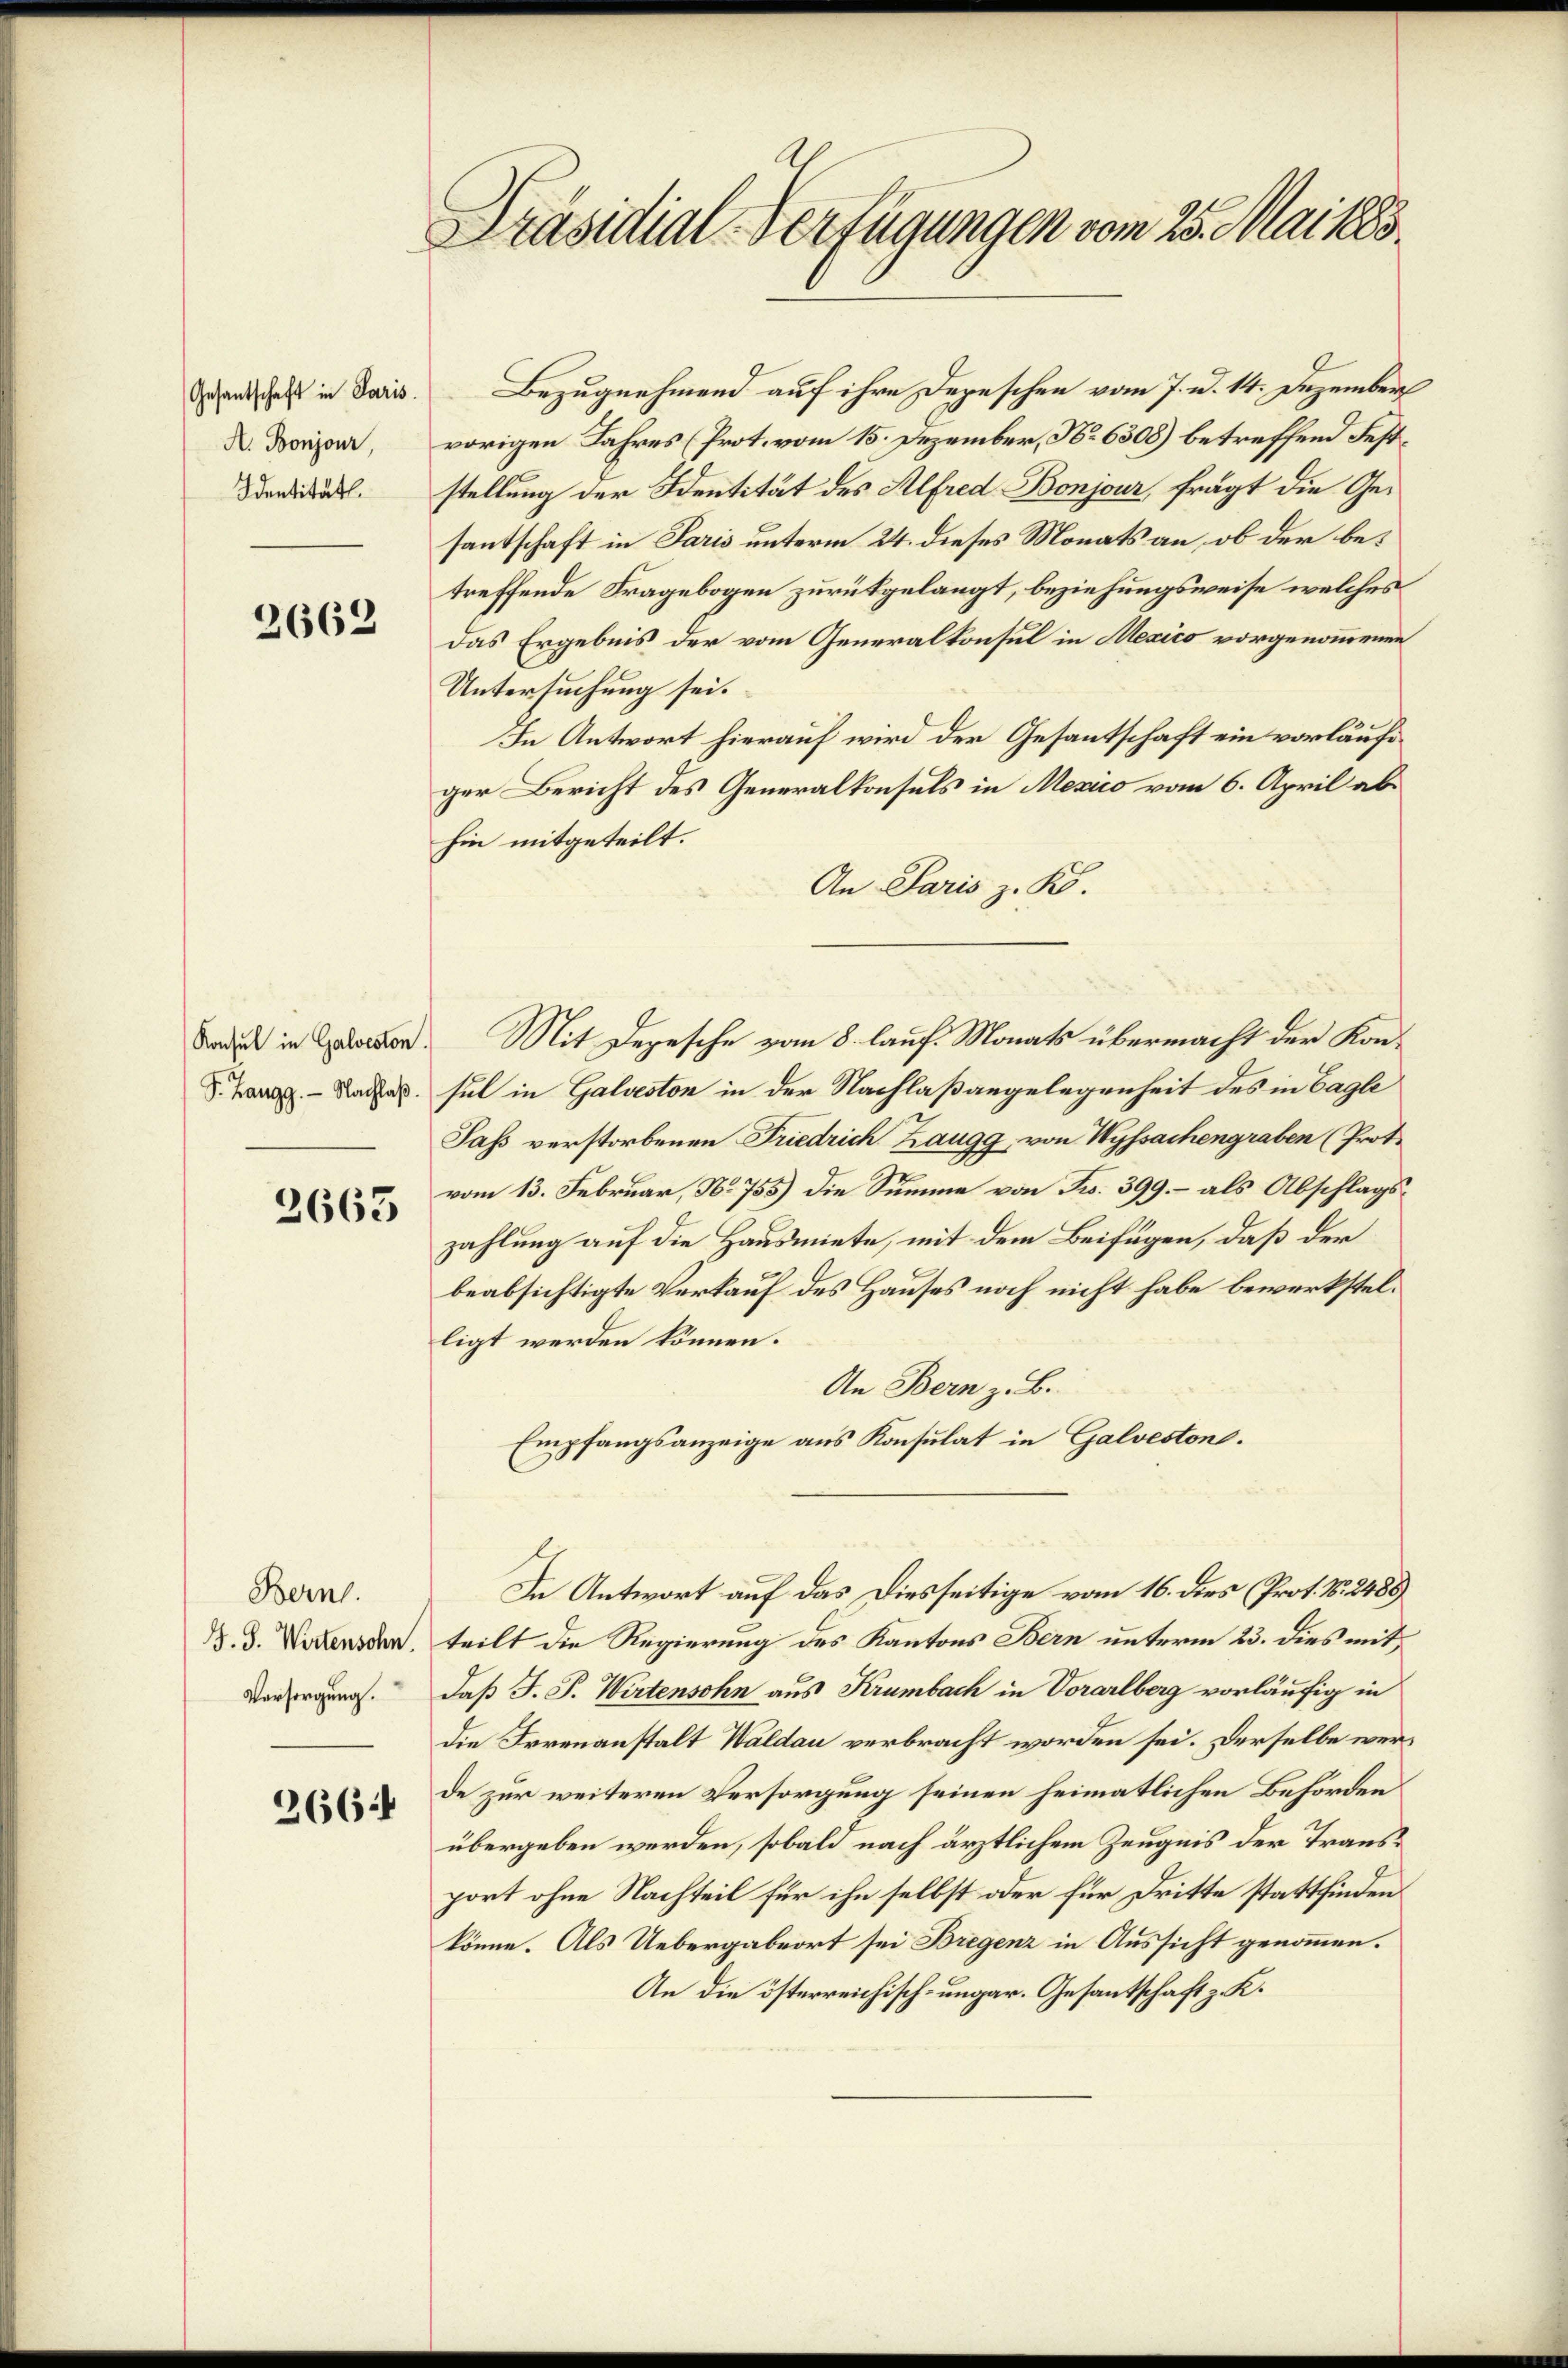
Gesantschaft in Paris
A. Bonjour,
Identität.

2662

2663

Bezugnehmend auf ihre Depeschen vom 7. d. 14. Dezember
vorigen Jahres (Prot. vom 15. Dezember, No 6308) betreffend Feststellung der Sentität des Alfred Bonjour, frägt die Gesantschaft in Paris unterm 24. dieses Monats an, ob der betreffende Fragebogen zurükgelangt, beziehungsweise welches
das Ergebnis der vom Generalkonsul in Mexico vorgenommenen
Untersuchung sei.
In Antwort hierauf wird der Gesantschaft ein vorläufiger Bericht des Generalkonsuls in Mexico vom 6. April abhin mitgeteilt.
An Paris z. B.
Tadel in Erden. Mit Depesche vom 8. lauf Monats übermacht der Kon¬
. La sul in Galveston in der Nachlaßangelegenheit des in Bagle
Sass verstorbenen Friedrich Zaugg, von Wyssachengraben (Prot.
vom 13. Februar, No 755) die Summe von Fr. 399. – als Abschlagszahlung auf die Hausmiete, mit dem Beifügen, daß der
beabsichtigte Verkauf des Hauses noch nicht habe bewerkstelligt werden können.
An Bern z. B.
Empfangsanzeige aus Konsulat in Galvestone.
In Antwort auf das Diesseitige vom 16. dies (Prot. N. 2488)
d. d. Widenden, teilt die Regierung des Kantons Bern unterm 23. dies mit
daß F. P. Wirtensohn aus Krumbach in Vorarlberg vorläufig in
die Irrenanstalt Waldau verbracht worden sei. Derselbe werde zur weiteren Versorgung seinen heimatlichen Behörden
übergeben werden, sobald nach ärztlichem Zeugnis der Transport ohne Nachteil für ihn selbst oder für Dritte stattfinden
könne. Als Uebergabeort sei Bregenz in Aussicht genommen.
An die österreichisch-ungar. Gesantschaft z. K.

Bern.
Vorsorgung.
266

Präsidial-Verfügungen vom 25. Mai 1883